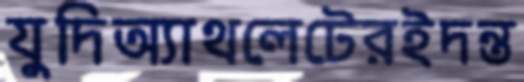
যুদিঅ্যাথলেটেরইদন্ত